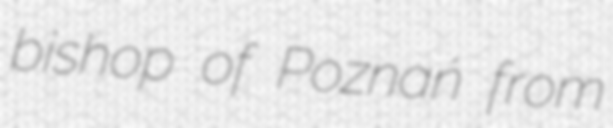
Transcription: bishop of Poznań from